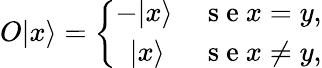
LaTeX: \begin{array}{r}{O\vert x\rangle=\left\{ \begin{array}{ll}{-\vert x\rangle}&{\mathrm{~s~e~}x=y,}\\ {\ \ \vert x\rangle}&{\mathrm{~s~e~}x\ne y,}\end{array}\right.}\end{array}